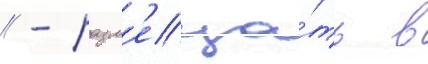
// - разм'еща́ть в